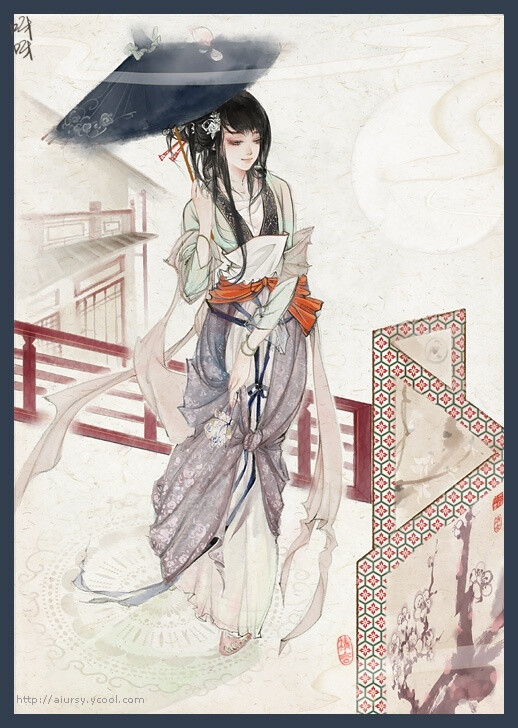
枕障薰炉隔绣帷，二年终日苦相思，杏花明月始应知。